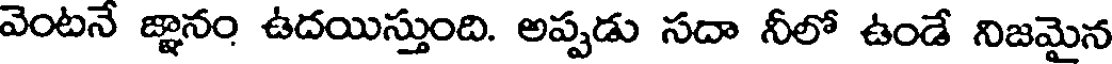
వెంటనే జ్ఞానం ఉదయిస్తుంది. అప్పడు సదా నీలో ఉండే నిజమైన